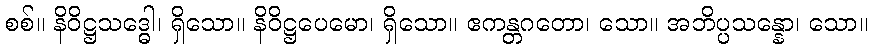
စစ်။ နိဝိဋ္ဌသဒ္ဓေါ၊ ရှိသော။ နိဝိဋ္ဌပေမော၊ ရှိသော။ ဧကန္တဂတော၊ သော။ အဘိပ္ပသန္နော၊ သော။